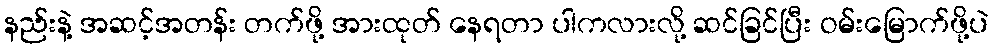
နည်းနဲ့ အဆင့်အတန်း တက်ဖို့ အားထုတ် နေရတာ ပါကလားလို့ ဆင်ခြင်ပြီး ဝမ်းမြောက်ဖို့ပဲ